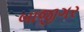
બાજીગર